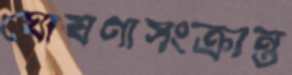
ঘোষণাসংক্রান্ত